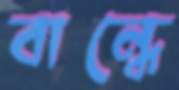
বান্ধে